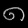
Digit: ၈